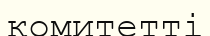
комитетті